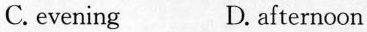
C.evening D. afternoon